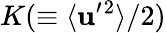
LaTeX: K(\equiv\langle{{\textbf{u}}^{\prime}{}^{2}}\rangle/2)